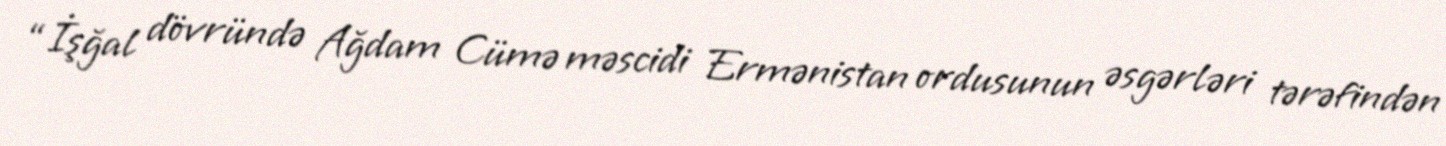
“İşğal dövründə Ağdam Cümə məscidi Ermənistan ordusunun əsgərləri tərəfindən